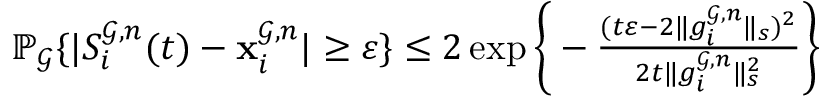
\begin{array} { r } { \mathbb { P } _ { \mathcal { G } } \{ | S _ { i } ^ { \mathcal { G } , n } ( t ) - \mathbf { x } _ { i } ^ { \mathcal { G } , n } | \ge \varepsilon \} \le 2 \exp \bigg \{ - \frac { ( t \varepsilon - 2 \| g _ { i } ^ { \mathcal { G } , n } \| _ { s } ) ^ { 2 } } { 2 t \| g _ { i } ^ { \mathcal { G } , n } \| _ { s } ^ { 2 } } \bigg \} } \end{array}